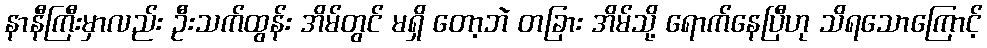
နာနီကြီးမှာလည်း ဦးသက်ထွန်း အိမ်တွင် မရှိ တော့ဘဲ တခြား အိမ်သို့ ရောက်နေပြီဟု သိရသောကြောင့်